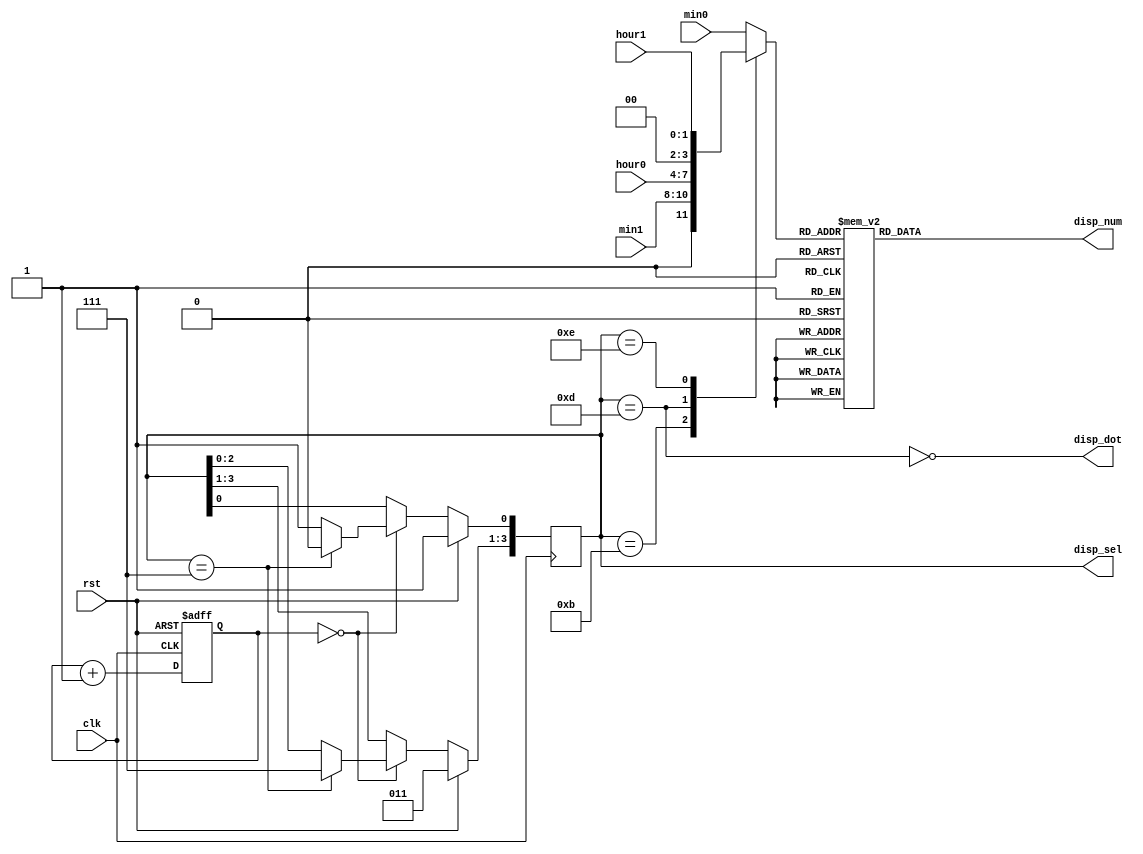
`timescale 1ns / 1ps

module display(
	input 		 clk,
   input 		 rst,
	input [1:0] 	 hour1,
	input [3:0] 	 hour0,
	input [2:0] 	 min1,
	input [3:0] 	 min0,
   output reg [6:0] disp_num,
	output reg [3:0] disp_sel,
	output 		 disp_dot
);


//-------teste disp------
	/*wire [1:0] 	 hour1;
		wire [3:0] 	 hour0;
		wire [2:0] 	 min1;
		wire [3:0] 	 min0;
		
		assign hour1 = 2;
		assign hour0 = 1;
		assign min1 = 3;
		assign min0 = 5;*/
//-----------------------


   wire 		 disp_en;

reg [17:0] refresh_counter;


	reg [3:0] digit;
	
   
always @(posedge clk) begin
	if (rst)
		disp_sel <= 4'b0111;
	else if(disp_en) begin
		if(disp_sel == 4'b0111)
			disp_sel <= 4'b1110;
		else begin
			disp_sel[3:1] <= disp_sel[2:0];
			disp_sel[0] <= 1'b1;
		end
	end
end 

   assign disp_en = (refresh_counter == 0);
	assign disp_dot = ~(disp_sel == 4'b1101);

		
   
   


always @(posedge clk, posedge rst)  begin   
	if(rst) begin
		refresh_counter <= 0;
	end		  
   else begin
		refresh_counter <= refresh_counter + 1;	
	end
end


   always @(*)begin
		case(disp_sel)
			4'b0111: digit = min0;
			4'b1011: digit = min1;
			4'b1101: digit = hour0;
			4'b1110: digit = hour1;
			default: digit = min0;
		endcase // case (disp_sel)
	end
     

    
// anode activating signals for 4 LEDs, digit period of 2.6ms
// decoder to generate anode signals
   always @(*)
     begin
	case(digit)
	  4'd0: disp_num[6:0] = 7'b1000000;
	  4'd1: disp_num[6:0] = 7'b1111001;
	  4'd2: disp_num[6:0] = 7'b0100100;
	  4'd3: disp_num[6:0] = 7'b0110000;
	  4'd4: disp_num[6:0] = 7'b0011001;
	  4'd5: disp_num[6:0] = 7'b0010010;
	  4'd6: disp_num[6:0] = 7'b0000010;
	  4'd7: disp_num[6:0] = 7'b1111000;
	  4'd8: disp_num[6:0] = 7'b0000000;
	  4'd9: disp_num[6:0] = 7'b0010000;
	  default: disp_num[6:0] = 7'b1000001;
	endcase		
     end



endmodule

/*
module display_tb ();

   reg clk, rst;
   reg  [1:0] hour1;
   reg  [2:0] min1;
   reg  [3:0] hour0, min0;
   wire	disp_dot;
   wire	[6:0] disp_num;
   wire	[3:0] disp_sel;
   
   display disp0 (
                       .clk(clk),
                       .rst(rst),
                       .hour0(hour0), 
                       .hour1(hour1),
					   .min0(min0),
					   .min1(min1),
    				   .disp_num(disp_num),
					   .disp_sel(disp_sel),
				       .disp_dot(disp_dot)
                     );   

   initial begin

      $dumpfile("dump.vcd");
      $dumpvars;
      
      rst = 1;
      clk = 1;

      hour0 = 4'd4;
      hour1 = 2'd2;
	  min0 = 4'd1;
	  min1 = 3'd3;


      @(posedge clk) #1 rst=0;

		#100000
      
      @(posedge clk) $finish;
   end
   
   always #10 clk = ~clk;
 
endmodule
*/